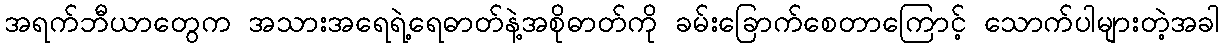
အရက်ဘီယာတွေက အသားအရေရဲ့ရေဓာတ်နဲ့အစိုဓာတ်ကို ခမ်းခြောက်စေတာကြောင့် သောက်ပါများတဲ့အခါ